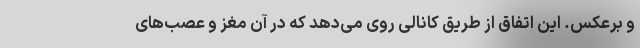
و برعکس. این اتفاق از طریق کانالی روی می‌دهد که در آن مغز و عصب‌های